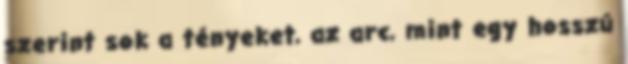
szerint sok a tényeket, az arc, mint egy hosszú